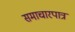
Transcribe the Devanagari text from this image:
समाचारपात्र